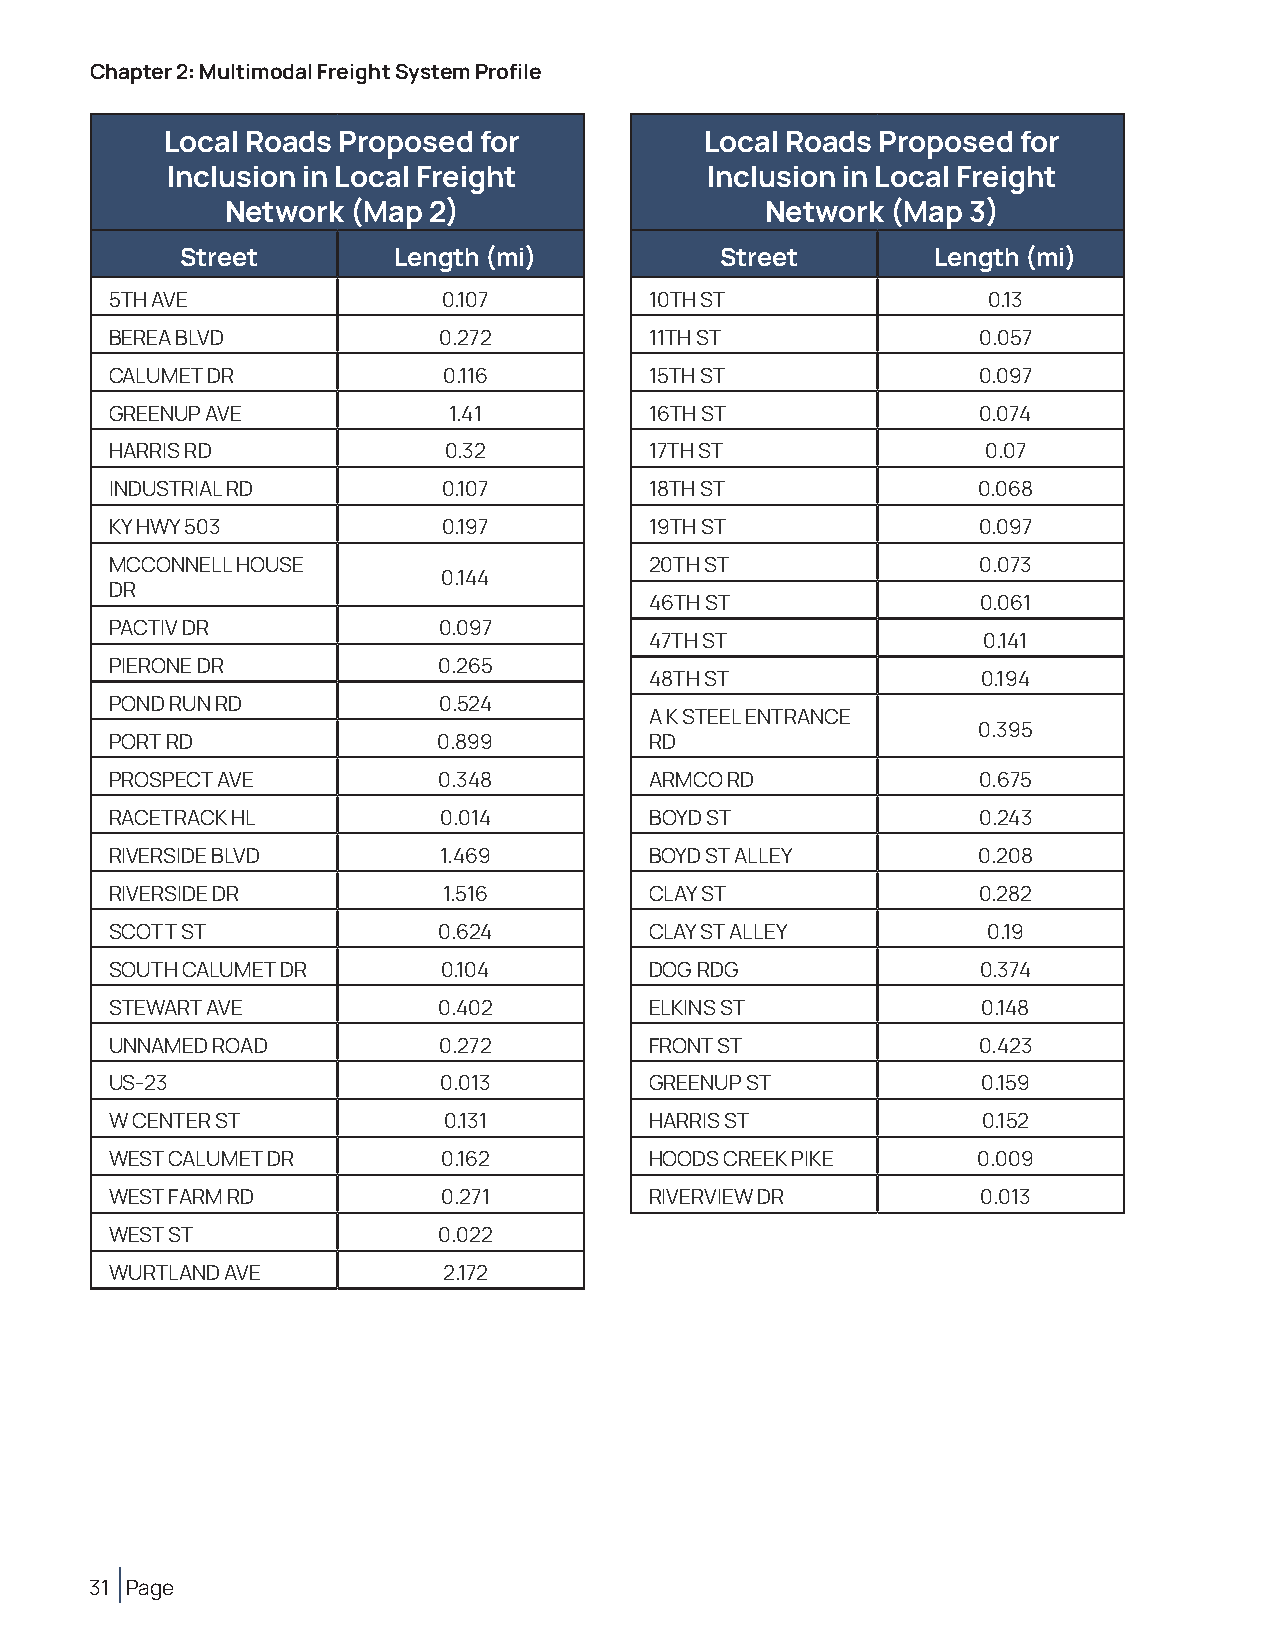
Chapter 2: Multimodal Freight System Profile
 Local Roads Proposed for            Local Roads Proposed for
 Inclusion in Local Freight          Inclusion in Local Freight
 Network (Map 2)                     Network (Map 3)
 Street        Length (mi)           Street        Length (mi)
 5TH AVE               0.107         10TH ST               0.13
 BEREA BLVD            0.272         11TH ST               0.057
 CALUMET DR            0.116         15TH ST               0.097
 GREENUP AVE            1.41         16TH ST               0.074
 HARRIS RD             0.32          17TH ST               0.07
 INDUSTRIAL RD         0.107         18TH ST               0.068
 KY HWY 503            0.197         19TH ST               0.097
 MCCONNELL HOUSE                     20TH ST               0.073
 0.144
 DR
 46TH ST               0.061
 PACTIV DR             0.097
 47TH ST               0.141
 PIERONE DR            0.265
 48TH ST               0.194
 POND RUN RD           0.524
 A K STEEL ENTRANCE
 0.395
 PORT RD               0.899         RD
 PROSPECT AVE          0.348         ARMCO RD              0.675
 RACETRACK HL          0.014         BOYD ST               0.243
 RIVERSIDE BLVD        1.469         BOYD ST ALLEY         0.208
 RIVERSIDE DR          1.516         CLAY ST               0.282
 SCOTT ST              0.624         CLAY ST ALLEY         0.19
 SOUTH CALUMET DR      0.104         DOG RDG               0.374
 STEWART AVE           0.402         ELKINS ST             0.148
 UNNAMED ROAD          0.272         FRONT ST              0.423
 US-23                 0.013         GREENUP ST            0.159
 W CENTER ST           0.131         HARRIS ST             0.152
 WEST CALUMET DR       0.162         HOODS CREEK PIKE      0.009
 WEST FARM RD          0.271         RIVERVIEW DR          0.013
 WEST ST               0.022
 WURTLAND AVE          2.172
 31 Page